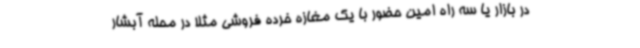
در بازار یا سه راه امین حضور با یک مغازه خرده فروشی مثلا در محله آبشار